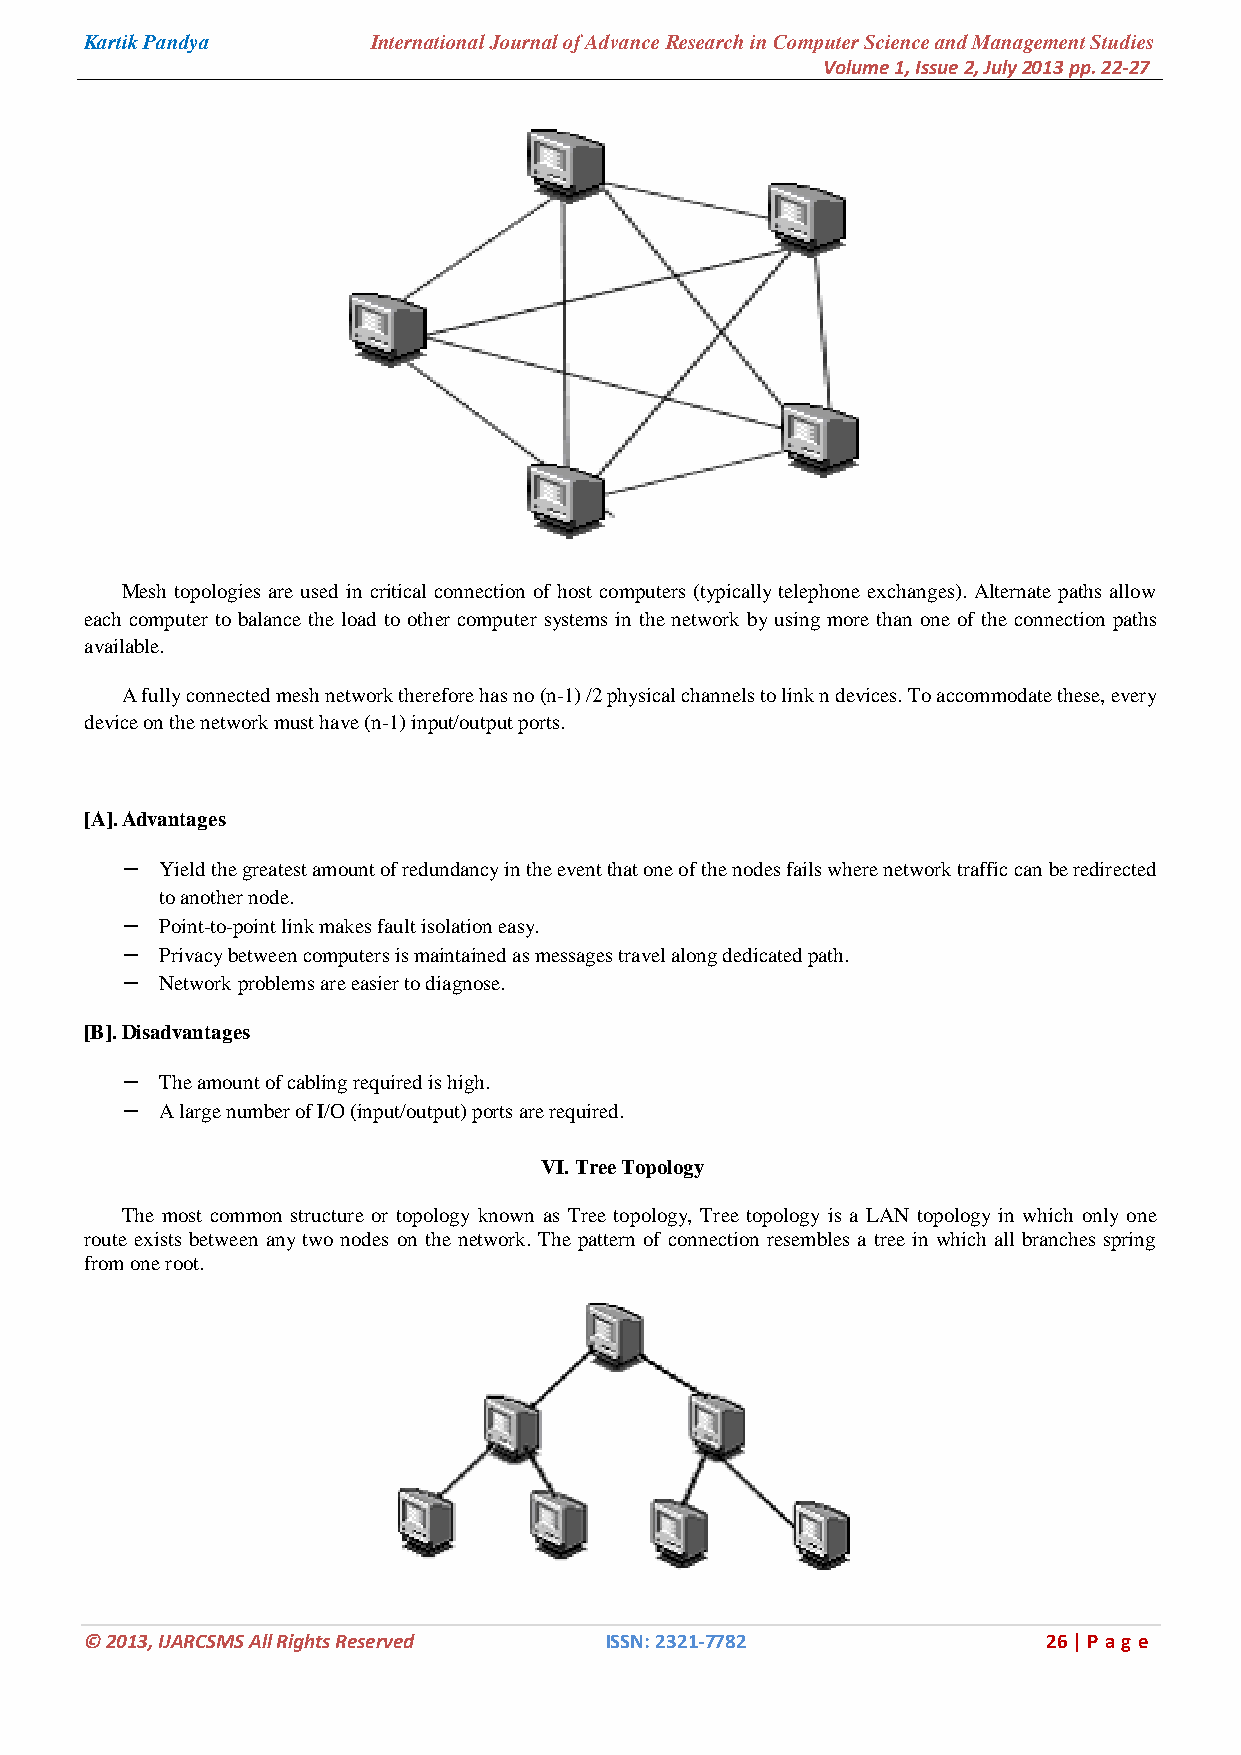
Kartik Pandya      International Journal of Advance Research in Computer Science and Management Studies
 Volume 1, Issue 2, July 2013 pp. 22-27
 Mesh topologies are used in critical connection of host computers (typically telephone exchanges). Alternate paths allow
 each computer to balance the load to other computer systems in the network by using more than one of the connection paths
 available.
 A fully connected mesh network therefore has no (n-1) /2 physical channels to link n devices. To accommodate these, every
 device on the network must have (n-1) input/output ports.
 [A]. Advantages
 −  Yield the greatest amount of redundancy in the event that one of the nodes fails where network traffic can be redirected
 to another node.
 −  Point-to-point link makes fault isolation easy.
 −  Privacy between computers is maintained as messages travel along dedicated path.
 −  Network problems are easier to diagnose.
 [B]. Disadvantages
 −  The amount of cabling required is high.
 −  A large number of I/O (input/output) ports are required.
 VI. Tree Topology
 The most common structure or topology known as Tree topology, Tree topology is a LAN topology in which only one
 route exists between any two nodes on the network. The pattern of connection resembles a tree in which all branches spring
 from one root.
 © 2013, IJARCSMS All Rights Reserved ISSN: 2321-7782           26 | P ag e